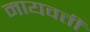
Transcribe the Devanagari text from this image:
मायवती